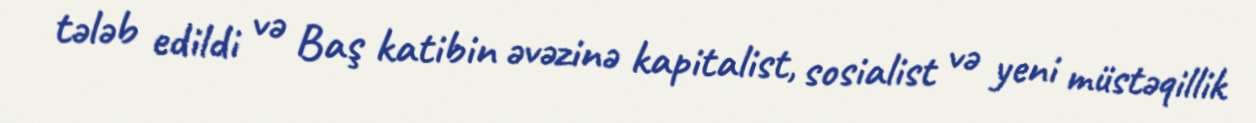
tələb edildi və Baş katibin əvəzinə kapitalist, sosialist və yeni müstəqillik